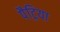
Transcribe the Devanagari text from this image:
पैट्रिया